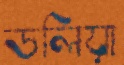
ডলিয়া